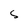
Character: s